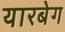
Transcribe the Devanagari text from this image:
यारबेग